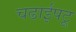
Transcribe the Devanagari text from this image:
चढाईपटू